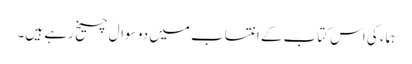
ہماء کی اس کتاب کے انتساب میں دو سوال چیخ رہے ہیں۔